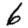
Digit: 6